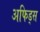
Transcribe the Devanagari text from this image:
अफिड्स